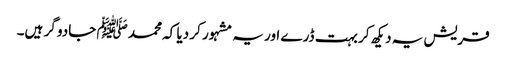
قریش یہ دیکھ کر بہت ڈرے اور یہ مشہور کر دیا کہ محمد ﷺ جادو گر ہیں۔